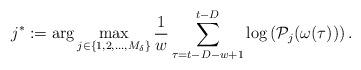
LaTeX: \begin{align*} j^* : = \arg \max_{j \in \{1,2,\ldots,M_\delta\}} \frac{1}{w}\sum_{\tau=t-D-w+1}^{t-D} \log \left({\mathcal{P}_{j}(\omega(\tau))}\right).\end{align*}